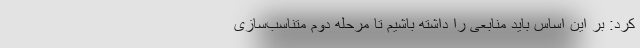
کرد: بر این اساس باید منابعی را داشته باشیم تا مرحله دوم متناسب‌سازی